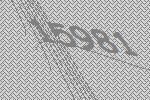
15981